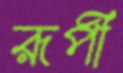
রূপী